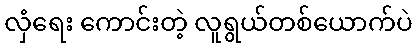
လှံရေး ကောင်းတဲ့ လူရွယ်တစ်ယောက်ပဲ